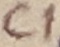
Text: C1